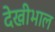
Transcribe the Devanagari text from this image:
देखीभाल